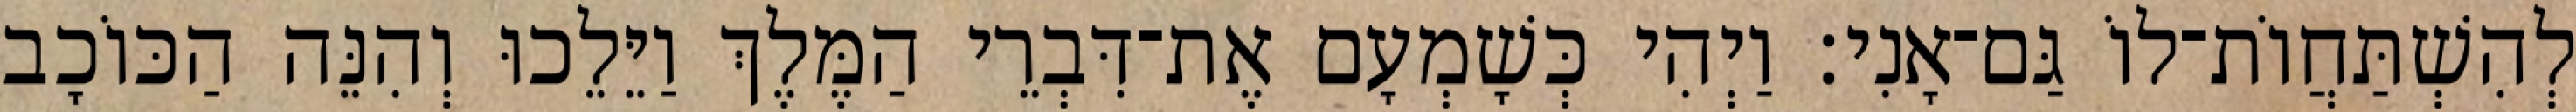
לְהִשְׁתַּחֲוֹת־לוֹ גַּם־אָנִי׃ וַיְהִי כְּשָׁמְעָם אֶת־דִּבְרֵי הַמֶּלֶךְ וַיֵּלֵכוּ וְהִנֵּה הַכּוֹכָב